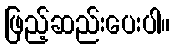
ဖြည့်ဆည်းပေးပါ။